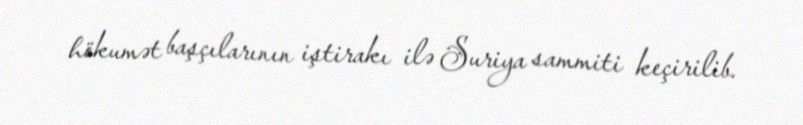
hökumət başçılarının iştirakı ilə Suriya sammiti keçirilib.